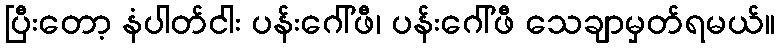
ပြီးတော့ နံပါတ်ငါး ပန်းဂေါ်ဖီ၊ ပန်းဂေါ်ဖီ သေချာမှတ်ရမယ်။